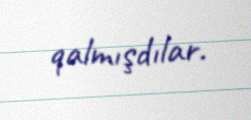
qalmışdılar.